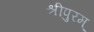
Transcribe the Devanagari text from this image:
श्रीपुरम्